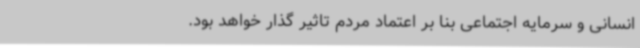
انسانی و سرمایه اجتماعی بنا بر اعتماد مردم تاثیر گذار خواهد بود.